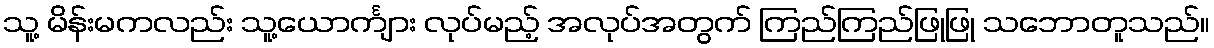
သူ့ မိန်းမကလည်း သူ့ယောင်္ကျား လုပ်မည့် အလုပ်အတွက် ကြည်ကြည်ဖြုဖြု သဘောတူသည်။